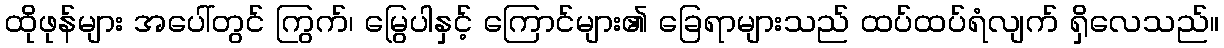
ထိုဖုန်များ အပေါ်တွင် ကြွက်၊ မြွေပါနှင့် ကြောင်များ၏ ခြေရာများသည် ထပ်ထပ်ရံလျက် ရှိလေသည်။